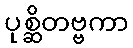
ပုစ္ဆိတဗ္ဗကာ